Report of the Indian Hemp Drugs Commission, 1894-1895 - Volume II
Year: 1894
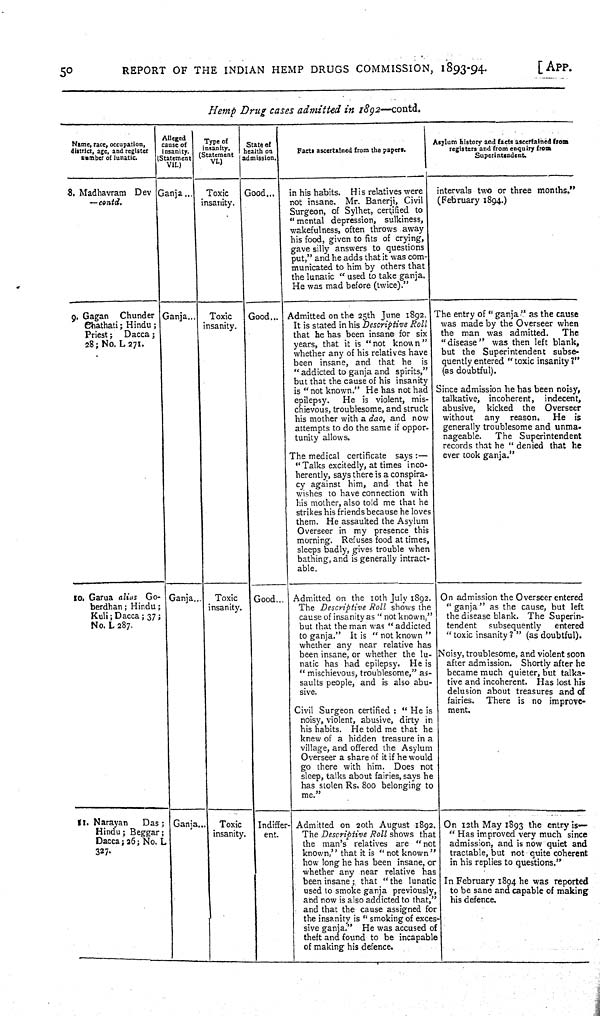
50
REPORT OF THE
INDIAN
HEMP
DRUGS
COMMISSION,
1893-94.
[APP.
Hemp Drug
cases admitted
in
1892—contd.
Name, race, occupation,
district, age, and register
number of lunatic.
Alleged
cause of
insanity.
(Statement
VII.)
Type of
insanity.
Statement
VI.)
State of
health on
admission.
Facts ascertained from the papers.
Asylum history and facts ascertained from
registers and from enquiry from
Superintendent.
8. Madhavram
Dev
—contd.
Ganja
Toxic
insanity.
Good
in his habits.
His relatives were
not insane.
Mr. Banerji, Civil
Surgeon, of Sylhet, certified to
"mental depression,
sulkiness,
wakefulness, often throws away
his food, given to fits of crying,
gave silly answers to questions
put," and he adds that it was com-
municated to him by others that
the lunatic "used to take ganja.
He was mad before (twice)."
intervals two or three months."
(February 1894.)
9. Gagan
Chunder
Chathati; Hindu;
Priest;
Dacca;
28; No. L 271.
Ganja
Toxic
insanity.
Good
Admitted on the 25th June 1892.
It is stated in his Descriptive
Roll
that he has been insane for six
years, that it is "not
known"
whether any of his relatives have
been insane, and that he
is
"addicted to ganja and spirits,"
but that the cause of his insanity
is "not known." He has not had
epilepsy.
He is violent, mis-
chievous, troublesome, and struck
his mother with a dao, and now
attempts to do the same if oppor-
tunity allows.
The medical certificate
says:—
"Talks excitedly, at times inco-
herently, says there is a conspira-
cy against him, and that he
wishes to have connection with
his mother, also told me that he
strikes his friends because he loves
them. He assaulted the Asylum
Overseer in my presence this
morning. Refuses food at times,
sleeps badly, gives trouble when
bathing, and is generally intract-
able.
The entry of "ganja" as the cause
was made by the Overseer when
the man was admitted.
The
"disease" was then left blank,
but the Superintendent
subse-
quently entered "toxic insanity?"
(as doubtful).
Since admission he has been noisy,
talkative, incoherent,
indecent,
abusive,
kicked
the
Overseer
without
any
reason.
He
is
generally troublesome and unma-
nageable.
The
Superintendent
records that he "denied that he
ever took ganja."
10. Garua alias
Go-
berdhan; Hindu;
Kuli; Dacca; 37;
No. L 287.
Ganja
Toxic
insanity.
Good
Admitted on the 10th July 1892.
The Descriptive
Roll
shows the
cause of insanity as "not known,"
but that the man was "addicted
to ganja."
It is "not known"
whether any near relative has
been insane, or whether the lu-
natic has had epilepsy.
He is
"mischievous, troublesome," as-
saults people, and is also abu-
sive.
Civil Surgeon certified: " He is
noisy, violent, abusive, dirty in
his habits.
He told me that he
knew of a hidden treasure in a
village, and offered the Asylum
Overseer a share of it if he would
go there with him.
Does not
sleep, talks about fairies, says he
has stolen Rs. 800 belonging to
me."
On admission the Overseer entered
"ganja" as the cause, but left
the disease blank.
The Superin-
tendent
subsequently
entered
"toxic insanity?" (as doubtful).
Noisy, troublesome, and violent soon
after admission. Shortly after he
became much quieter, but talka-
tive and incoherent.
Has lost his
delusion about treasures and of
fairies.
There is no
improve-
ment.
11. Narayan
Das;
Hindu; Beggar;
Dacca; 26; No. L.
327.
Ganja
Toxic
insanity.
Indiffer-
ent.
Admitted on 20th August 1892.
The Descriptive
Roll shows that
the man's relatives are
"not
known," that it is "not known"
how long he has been insane, or
whether any near relative has
been insane; that "the lunatic
used to smoke ganja previously,
and now is also addicted to that,"
and that the cause assigned for
the insanity is "smoking of exces-
sive ganja."
He was accused of
theft and found to be incapable
of making his defence.
On 12th May 1893 the entry is—
"Has improved very much since
admission, and is now quiet and
tractable, but not quite coherent
in his replies to questions."
In February 1894 he was reported
to be sane and capable of making
his defence.